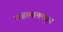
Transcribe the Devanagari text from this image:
राजस्थानमधुन